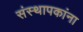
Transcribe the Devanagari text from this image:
संस्थापकांना